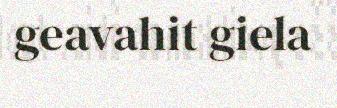
geavahit giela